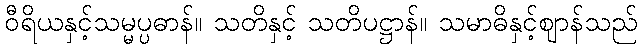
ဝီရိယနှင့်သမ္မပ္ပဓာန်။ သတိနှင့် သတိပဋ္ဌာန်။ သမာဓိနှင့်ဈာန်သည်